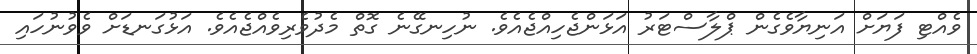
ވެއްޓި ފަޔަށް އަނިޔާވެގެން ޕްލާސްޓަރު އަޅަންޖެހިއްޖެއެވެ. ނުހިނގޭނެ ގޮތް މެދުވެރިވެއްޖެއެވެ. އަޅުގަނޑަށް ވެވުނުހައި